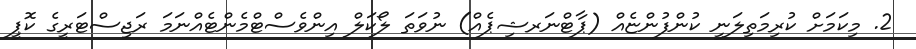
2. މިކަމަށް ކުރިމަތިލަނީ ކުންފުންޏެއް (ޕާޓްނަރޝިޕެއް) ނުވަތަ ލޯކަލް އިންވެސްޓްމެންޓެއްނަމަ ރަޖިސްޓަރީގެ ކޮޕީ